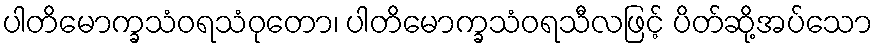
ပါတိမောက္ခသံဝရသံဝုတော၊ ပါတိမောက္ခသံဝရသီလဖြင့် ပိတ်ဆို့အပ်သော